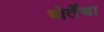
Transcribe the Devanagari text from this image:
बोर्तेचा